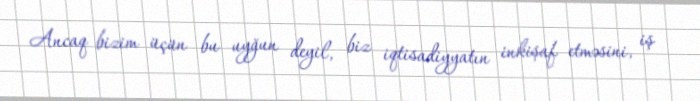
Ancaq bizim üçün bu uyğun deyil, biz iqtisadiyyatın inkişaf etməsini, iş